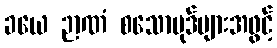
ခယေ ဉာဏံ စသောပုဒ်များအဖွင့်